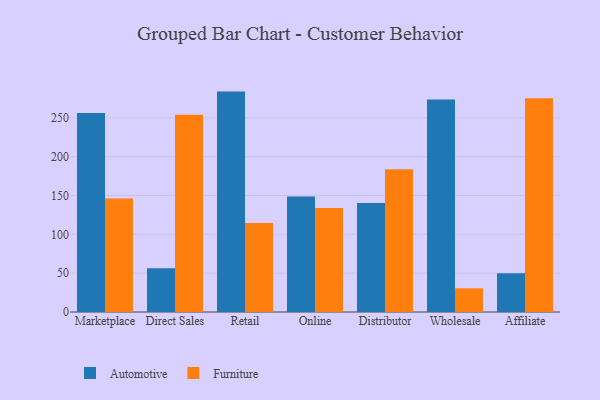
{"axis": {"x": "Channel", "y": "Temperature (°C)"}, "legend": ["Automotive", "Furniture"], "data": [{"x": "Marketplace", "y": 256.0, "type": "Automotive"}, {"x": "Marketplace", "y": 146.2, "type": "Furniture"}, {"x": "Direct Sales", "y": 56.2, "type": "Automotive"}, {"x": "Direct Sales", "y": 254.0, "type": "Furniture"}, {"x": "Retail", "y": 283.7, "type": "Automotive"}, {"x": "Retail", "y": 114.7, "type": "Furniture"}, {"x": "Online", "y": 148.6, "type": "Automotive"}, {"x": "Online", "y": 133.8, "type": "Furniture"}, {"x": "Distributor", "y": 140.2, "type": "Automotive"}, {"x": "Distributor", "y": 183.7, "type": "Furniture"}, {"x": "Wholesale", "y": 273.4, "type": "Automotive"}, {"x": "Wholesale", "y": 30.5, "type": "Furniture"}, {"x": "Affiliate", "y": 49.9, "type": "Automotive"}, {"x": "Affiliate", "y": 275.2, "type": "Furniture"}]}